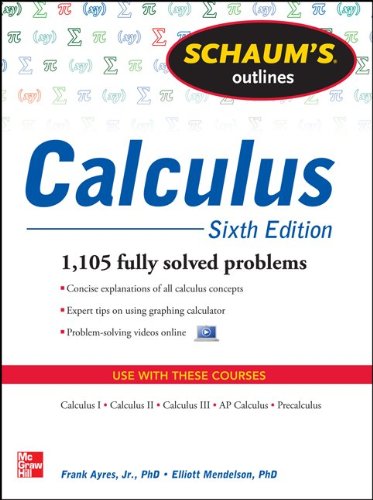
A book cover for Schaum's Outline of Calculus, 6th Edition: 1,105 Solved Problems + 30 Videos (Schaum's Outlines); Frank Ayres; Test Preparation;